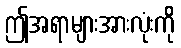
ဤအရာများအားလုံးကို